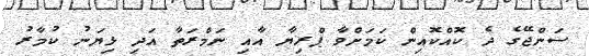
ސަންޖޭގެ ދެ ކޮއްކޮއިން ކަމަށްވާ ޕްރިޔާ އާއި ނަމްރަތާ އަދި ޅިޔަނު ކުމާރު